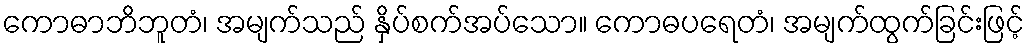
ကောဓာဘိဘူတံ၊ အမျက်သည် နှိပ်စက်အပ်သော။ ကောဓပရေတံ၊ အမျက်ထွက်ခြင်းဖြင့်